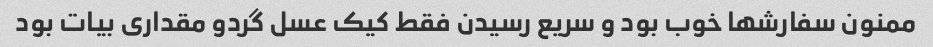
ممنون سفارشها خوب بود و سریع رسیدن فقط کیک عسل گردو مقداری بیات بود